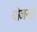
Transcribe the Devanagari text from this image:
योजनाा